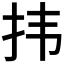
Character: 𪭝